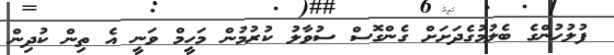
ފުލުހުންގެ ބެލުމުގެދަށަށް ގެންގޮސް ސުވާލު ކުރުމުން މަހީމް ވަނީ އެ ތިން ކުދިން